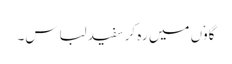
گاوٗں میں رہ کر سفید لباس۔